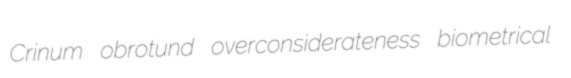
Crinum obrotund overconsiderateness biometrical